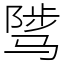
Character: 骘